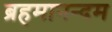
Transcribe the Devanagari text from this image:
ब्रहमानन्दम